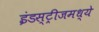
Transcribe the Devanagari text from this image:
इंडस्ट्रीजमध्ये